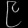
Digit: ၉